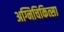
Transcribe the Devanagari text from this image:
अग्निचिकित्सा